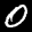
Label: 0